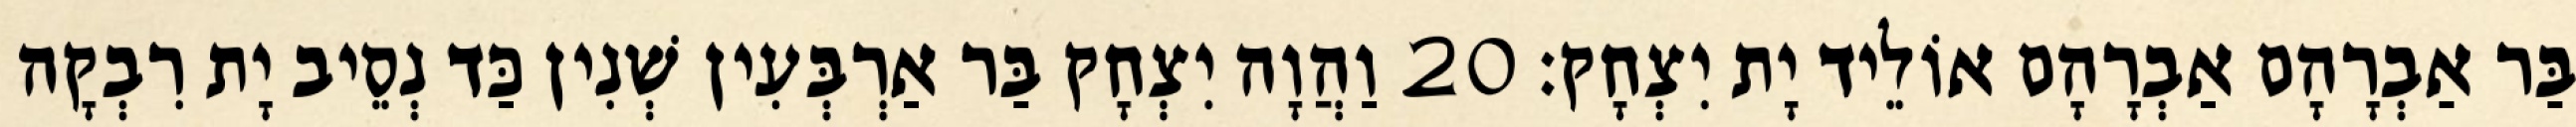
בַּר אַבְרָהָם אַבְרָהָם אוֹלֵיד יָת יִצְחָק׃ 20 וַהֲוָה יִצְחָק בַּר אַרְבְּעִין שְׁנִין כַּד נְסֵיב יָת רִבְקָה